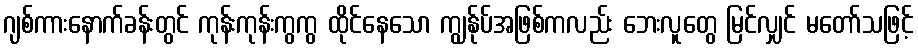
ဂျစ်ကားနောက်ခန်းတွင် ကုန်းကုန်းကွကွ ထိုင်နေသော ကျွန်ုပ်အဖြစ်ကလည်း ဘေးလူတွေ မြင်လျှင် မတော်သဖြင့်